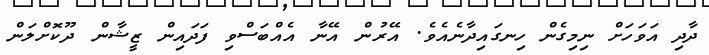
ދާދި އަވަހަށް ނިމިގެން ހިނގައިދާނެއެވެ. އޭރުން އޭނާ އެއްބަސްވި ފަދައިން ޒީޝާން ދޫކޮށްލަން